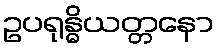
ဥပရုန္ဓိယတ္တနော